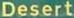
Desert